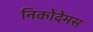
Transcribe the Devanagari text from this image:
निकोदेमस